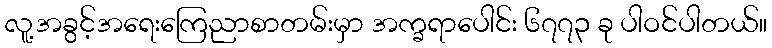
လူ့အခွင့်အရေးကြေညာစာတမ်းမှာ အက္ခရာပေါင်း ၆၇၇၃ ခု ပါဝင်ပါတယ်။